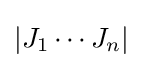
|J_{1}\cdots J_{n}|